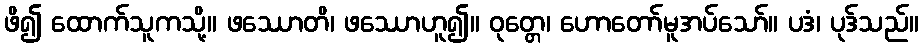
ဖိ၍ ထောက်သူကသို့။ ဖဿောတိ၊ ဖဿောဟူ၍။ ဝုတ္တေ၊ ဟောတော်မူအပ်သော်။ ပဒံ၊ ပုဒ်သည်။